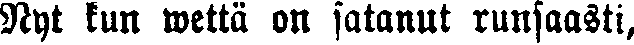
Nyt kun wettä on satanut runsaasti,